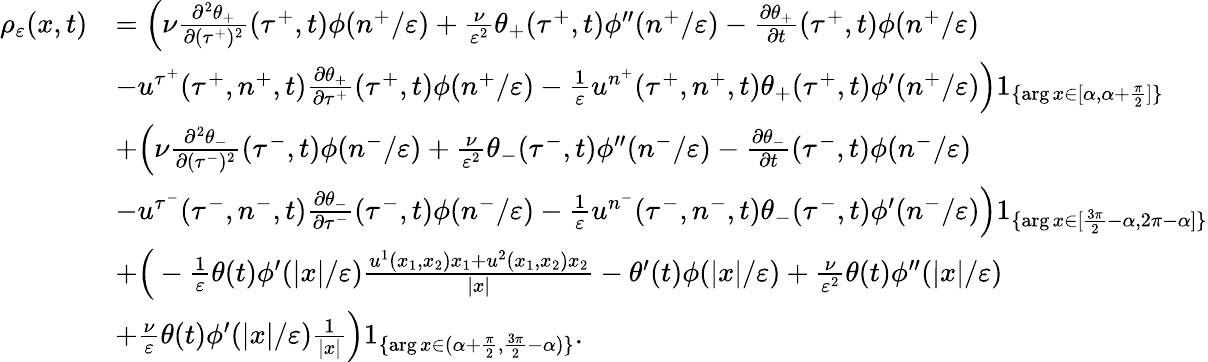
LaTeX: \begin{array}{rl}{\rho_{\varepsilon}(x,t)}&{=\Big(\nu\frac{\partial^{2}\theta_{+}}{\partial(\tau^{+})^{2}}(\tau^{+},t)\phi(n^{+}/\varepsilon)+\frac{\nu}{\varepsilon^{2}}\theta_{+}(\tau^{+},t)\phi^{\prime\prime}(n^{+}/\varepsilon)-\frac{\partial\theta_{+}}{\partial t}(\tau^{+},t)\phi(n^{+}/\varepsilon)}\\ &{-u^{\tau^{+}}(\tau^{+},n^{+},t)\frac{\partial\theta_{+}}{\partial\tau^{+}}(\tau^{+},t)\phi(n^{+}/\varepsilon)-\frac{1}{\varepsilon}u^{n^{+}}(\tau^{+},n^{+},t)\theta_{+}(\tau^{+},t)\phi^{\prime}(n^{+}/\varepsilon)\Big)1_{\{ \arg x\in[\alpha,\alpha+\frac{\pi}{2}]\} }}\\ &{+\Big(\nu\frac{\partial^{2}\theta_{-}}{\partial(\tau^{-})^{2}}(\tau^{-},t)\phi(n^{-}/\varepsilon)+\frac{\nu}{\varepsilon^{2}}\theta_{-}(\tau^{-},t)\phi^{\prime\prime}(n^{-}/\varepsilon)-\frac{\partial\theta_{-}}{\partial t}(\tau^{-},t)\phi(n^{-}/\varepsilon)}\\ &{-u^{\tau^{-}}(\tau^{-},n^{-},t)\frac{\partial\theta_{-}}{\partial\tau^{-}}(\tau^{-},t)\phi(n^{-}/\varepsilon)-\frac{1}{\varepsilon}u^{n^{-}}(\tau^{-},n^{-},t)\theta_{-}(\tau^{-},t)\phi^{\prime}(n^{-}/\varepsilon)\Big)1_{\{ \arg x\in[\frac{3\pi}{2}-\alpha,2\pi-\alpha]\} }}\\ &{+\Big(-\frac{1}{\varepsilon}\theta(t)\phi^{\prime}(|x|/\varepsilon)\frac{u^{1}(x_{1},x_{2})x_{1}+u^{2}(x_{1},x_{2})x_{2}}{|x|}-\theta^{\prime}(t)\phi(|x|/\varepsilon)+\frac{\nu}{\varepsilon^{2}}\theta(t)\phi^{\prime\prime}(|x|/\varepsilon)}\\ &{+\frac{\nu}{\varepsilon}\theta(t)\phi^{\prime}(|x|/\varepsilon)\frac{1}{|x|}\Big)1_{\{ \arg x\in(\alpha+\frac{\pi}{2},\frac{3\pi}{2}-\alpha)\} }.}\end{array}